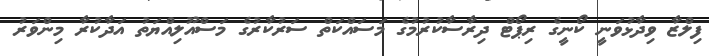
ފިލްޒާ ވިދާޅުވަނީ ކޯނީގެ ރިޕޯޓް ދިރާސާކުރުމުގެ މަސައްކަތް ސަރުކާރުގެ މަސްއޫލިއްޔަތު އަދާކުރާ މިންވަރު